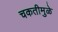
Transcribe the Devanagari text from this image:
चकतीमुळे